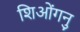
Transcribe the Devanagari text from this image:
शिओंगनु